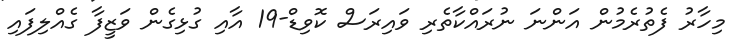
މިހާރު ފެތުރެމުން އަންނަ ނުރައްކާތެރި ވައިރަސް ކޮވިޑް-19 އާއި ގުޅިގެން ވަޒީފާ ގެއްލިފައި